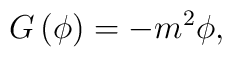
G\left(\phi\right)=-m^2\phi,